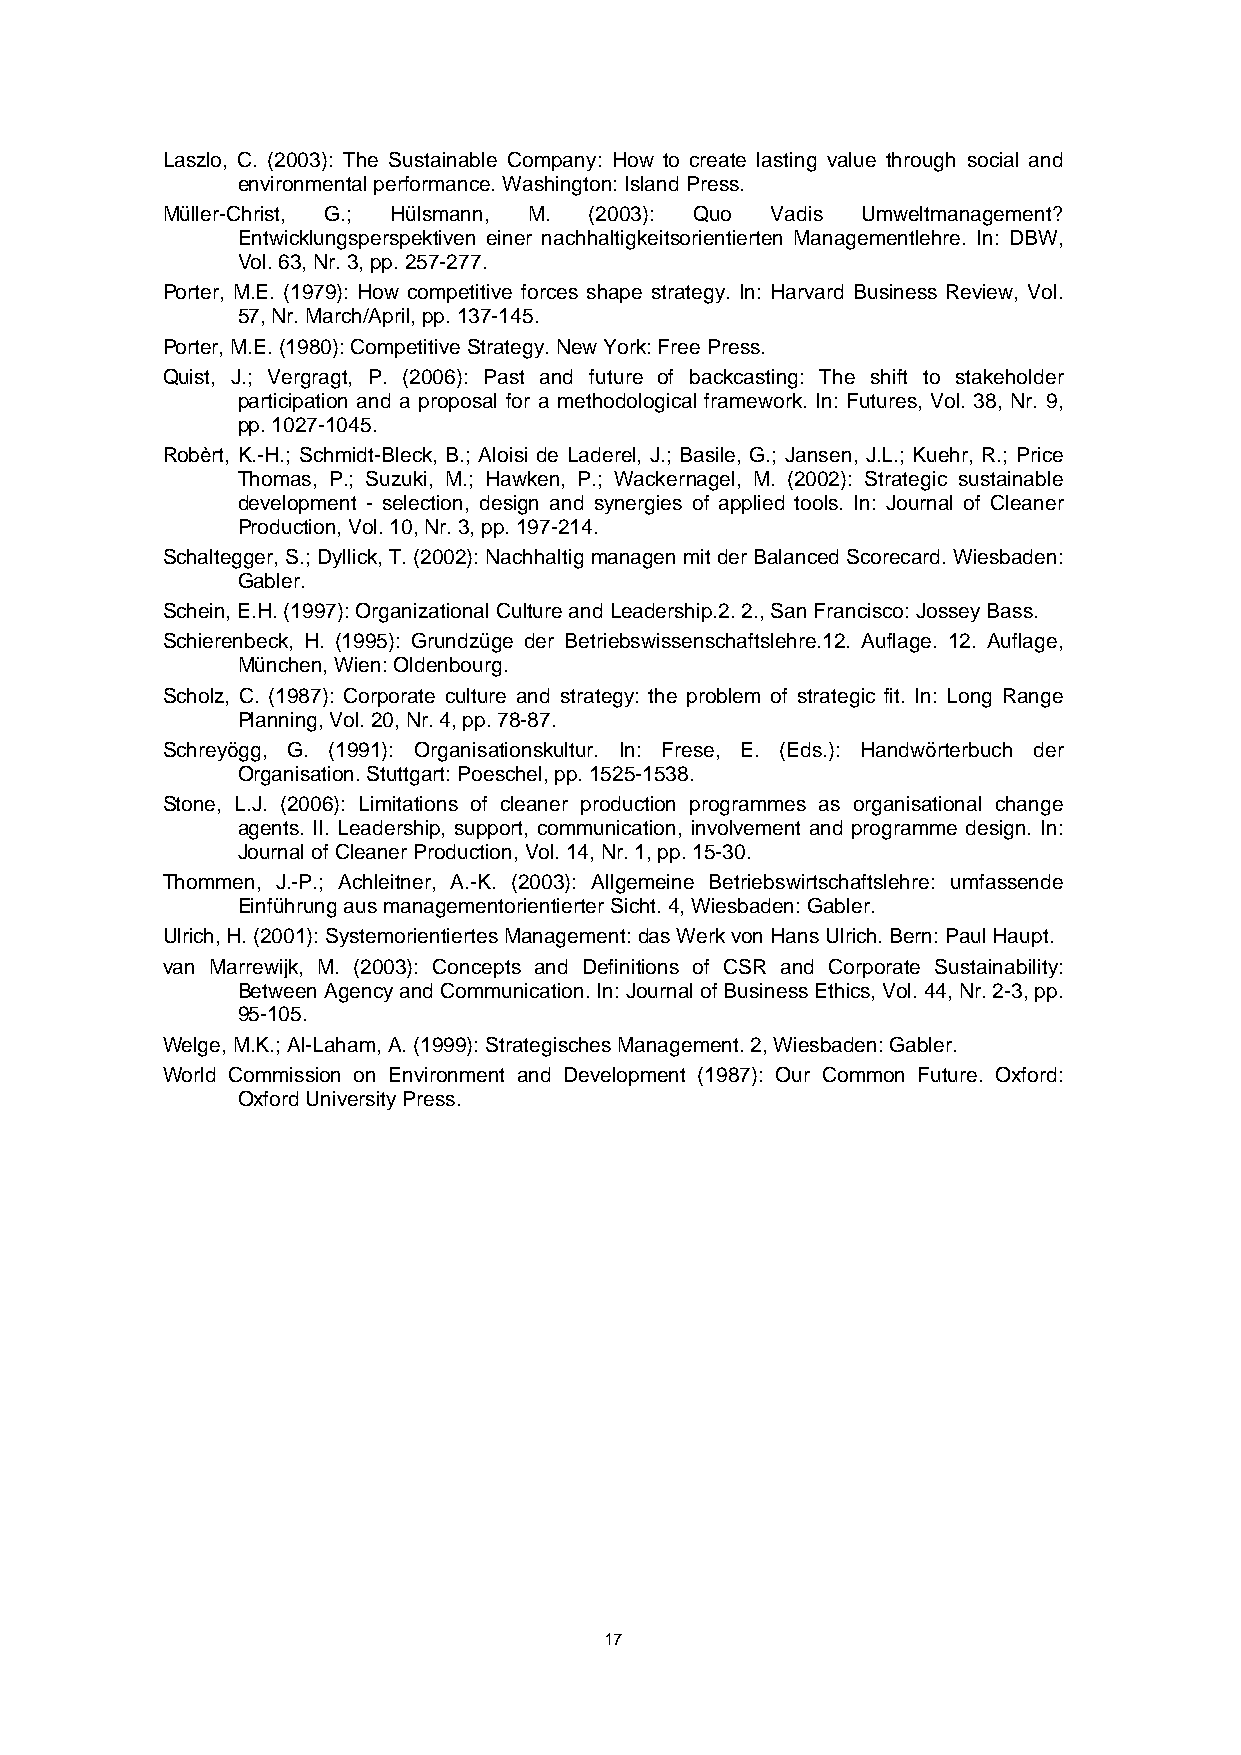
Laszlo, C. (2003): The Sustainable Company: How to create lasting value through social and
 environmental performance. Washington: Island Press.
 Müller-Christ, G.; Hülsmann, M. (2003): Quo Vadis Umweltmanagement?
 Entwicklungsperspektiven einer nachhaltigkeitsorientierten Managementlehre. In: DBW,
 Vol. 63, Nr. 3, pp. 257-277.
 Porter, M.E. (1979): How competitive forces shape strategy. In: Harvard Business Review, Vol.
 57, Nr. March/April, pp. 137-145.
 Porter, M.E. (1980): Competitive Strategy. New York: Free Press.
 Quist, J.; Vergragt, P. (2006): Past and future of backcasting: The shift to stakeholder
 participation and a proposal for a methodological framework. In: Futures, Vol. 38, Nr. 9,
 pp. 1027-1045.
 Robèrt, K.-H.; Schmidt-Bleck, B.; Aloisi de Laderel, J.; Basile, G.; Jansen, J.L.; Kuehr, R.; Price
 Thomas, P.; Suzuki, M.; Hawken, P.; Wackernagel, M. (2002): Strategic sustainable
 development - selection, design and synergies of applied tools. In: Journal of Cleaner
 Production, Vol. 10, Nr. 3, pp. 197-214.
 Schaltegger, S.; Dyllick, T. (2002): Nachhaltig managen mit der Balanced Scorecard. Wiesbaden:
 Gabler.
 Schein, E.H. (1997): Organizational Culture and Leadership.2. 2., San Francisco: Jossey Bass.
 Schierenbeck, H. (1995): Grundzüge der Betriebswissenschaftslehre.12. Auflage. 12. Auflage,
 München, Wien: Oldenbourg.
 Scholz, C. (1987): Corporate culture and strategy: the problem of strategic fit. In: Long Range
 Planning, Vol. 20, Nr. 4, pp. 78-87.
 Schreyögg, G. (1991): Organisationskultur. In: Frese, E. (Eds.): Handwörterbuch der
 Organisation. Stuttgart: Poeschel, pp. 1525-1538.
 Stone, L.J. (2006): Limitations of cleaner production programmes as organisational change
 agents. II. Leadership, support, communication, involvement and programme design. In:
 Journal of Cleaner Production, Vol. 14, Nr. 1, pp. 15-30.
 Thommen, J.-P.; Achleitner, A.-K. (2003): Allgemeine Betriebswirtschaftslehre: umfassende
 Einführung aus managementorientierter Sicht. 4, Wiesbaden: Gabler.
 Ulrich, H. (2001): Systemorientiertes Management: das Werk von Hans Ulrich. Bern: Paul Haupt.
 van Marrewijk, M. (2003): Concepts and Definitions of CSR and Corporate Sustainability:
 Between Agency and Communication. In: Journal of Business Ethics, Vol. 44, Nr. 2-3, pp.
 95-105.
 Welge, M.K.; Al-Laham, A. (1999): Strategisches Management. 2, Wiesbaden: Gabler.
 World Commission on Environment and Development (1987): Our Common Future. Oxford:
 Oxford University Press.
 17